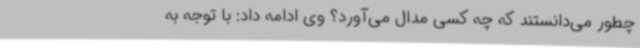
چطور می‌دانستند که چه کسی مدال می‌آورد؟ وی ادامه داد: با توجه به